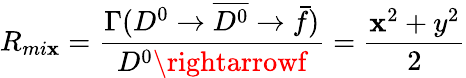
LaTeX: R_{mi\mathbf{x}}=\frac{{\Gamma(D^{0}\rightarrow\overline{{{{D^{0}}}}}\rightarrow\bar{{f}})}}{{D^{0}\rightarrowf}}=\frac{{\mathbf{x}^{2}+y^{2}}}{{2}}